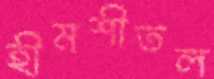
হীমশীতল